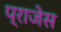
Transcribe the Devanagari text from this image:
प्राजेस